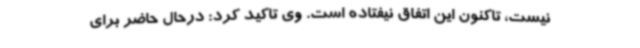
نیست، تاکنون این اتفاق نیفتاده است. وی تاکید کرد: درحال حاضر برای